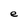
Character: e